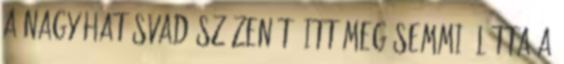
a nagy hatásvadász zenét, itt meg SEMMI. Látta a